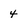
Character: 4